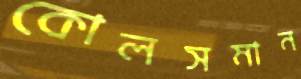
কোলসমান